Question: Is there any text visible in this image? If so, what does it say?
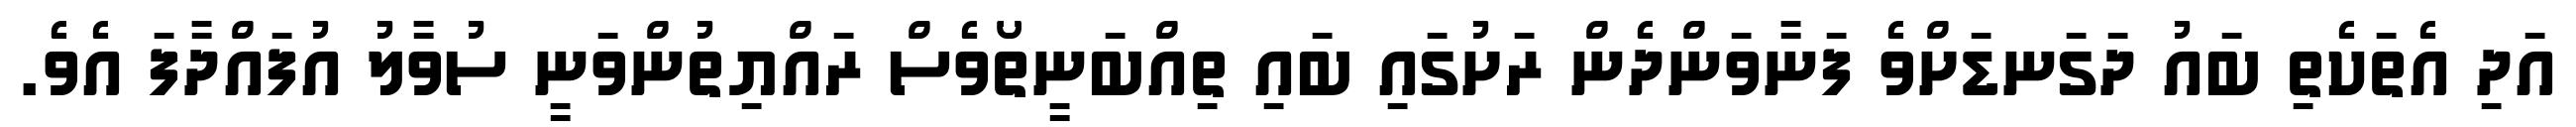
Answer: އަދި އެތަކެތި ބައު ދަގަނޑަށްވެ ފަނާވަންދެން ރަށުގައި ބައި ތިއްބަނީތޯވެސް ރައްޔިތުންވަނީ ސުވާލު އުފައްދާފަ އެވެ.